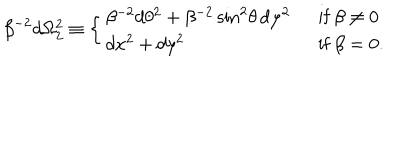
LaTeX: \beta ^ { - 2 } d \Omega _ { 2 } ^ { 2 } \equiv \left\{ \begin{array} { l l } { { \beta ^ { - 2 } d \theta ^ { 2 } + \beta ^ { - 2 } \sin ^ { 2 } \! \theta \, d \varphi ^ { 2 } \ \ } } & { { { \mathrm { i f ~ } } \beta \neq 0 } } \\ { { d x ^ { 2 } + d y ^ { 2 } } } & { { { \mathrm { i f ~ } } \beta = 0 . } } \\ \end{array} \right.